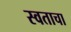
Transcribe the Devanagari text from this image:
स्वताचा